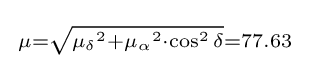
{\begin{smallmatrix}\mu ={\sqrt {{\mu _{\delta }}^{2}+{\mu _{\alpha }}^{2}\cdot \cos ^{2}\delta }}=77.63\,\end{smallmatrix}}